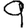
Digit: 9